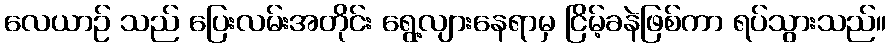
လေယာဉ် သည် ပြေးလမ်းအတိုင်း ရွေ့လျားနေရာမှ ငြိမ့်ခနဲဖြစ်ကာ ရပ်သွားသည်။